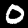
Label: 0